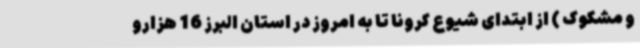
و مشکوک ) از ابتدای شیوع کرونا تا به امروز در استان البرز 16 هزارو